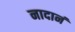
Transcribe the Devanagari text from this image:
नादानं